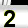
Digit: 2